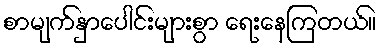
စာမျက်နှာပေါင်းများစွာ ရေးနေကြတယ်။